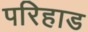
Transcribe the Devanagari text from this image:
परिहाड